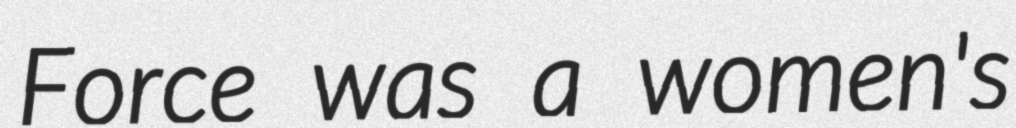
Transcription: Force was a women's